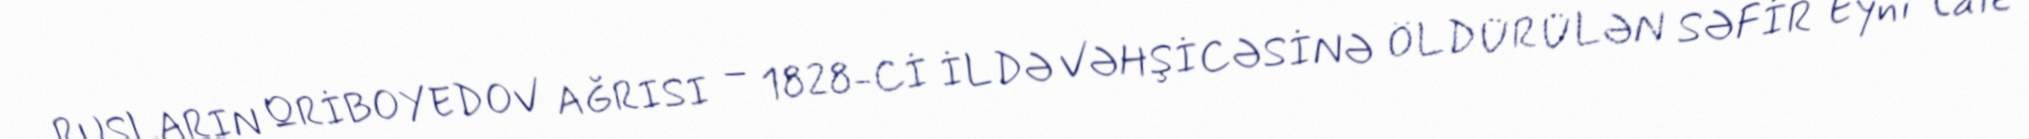
RUSLARIN QRİBOYEDOV AĞRISI – 1828-Cİ İLDƏ VƏHŞİCƏSİNƏ ÖLDÜRÜLƏN SƏFİR Eyni tale